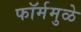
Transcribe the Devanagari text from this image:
फॉर्ममुळे